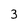
Character: 3